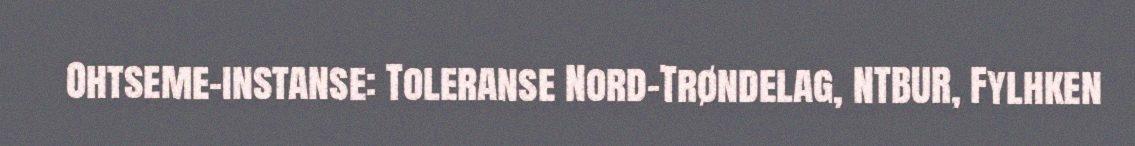
Ohtseme-instanse: Toleranse Nord-Trøndelag, NTBUR, Fylhken